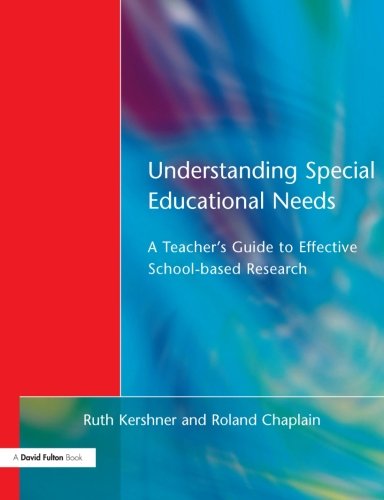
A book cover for Understanding Special Educational Needs: A Teacher's Guide to Effective School Based Research; Ruth Kershner; Health, Fitness & Dieting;